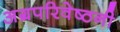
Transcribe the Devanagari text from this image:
अग्रपरिवेष्ठनी